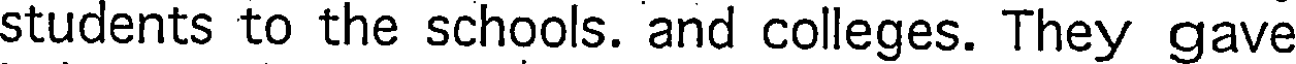
students to the schools. and colleges. They gave